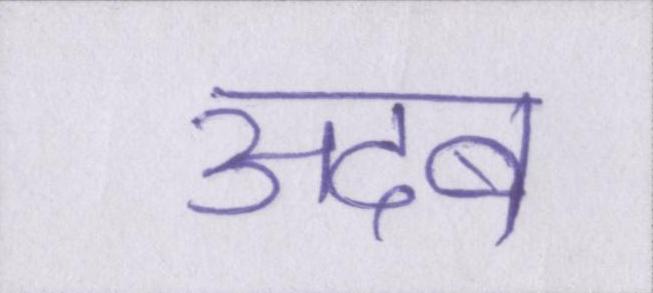
अदब